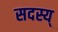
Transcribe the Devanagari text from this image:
सदस्य्